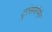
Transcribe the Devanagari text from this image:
ट्रांसफोर्मर